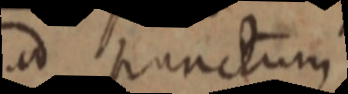
ad punctum